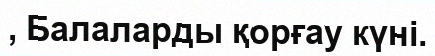
, Балаларды қорғау күні.